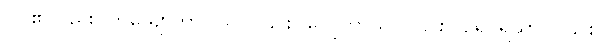
ဝါ၊ ၏လည်း။ ဘိယျောဘာဝါယ၊ ငှါ၎င်း။ ဝေပုလ္လာယ၊ ငှါ၎င်း။ ပါရိပူရိယာ၊ ငှါ၎င်း။